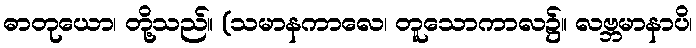
ဓာတုယော၊ တို့သည်။ (သမာနကာလေ၊ တူသောကာလ၌။ လဗ္ဘမာနာပိ၊